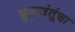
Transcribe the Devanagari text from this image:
शुक्रजंतूंचा